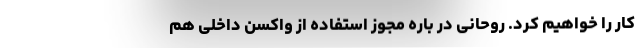
کار را خواهیم کرد. روحانی در باره مجوز استفاده از واکسن داخلی هم